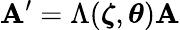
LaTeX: \mathbf{A}^{\prime}=\Lambda({\boldsymbol{\zeta}},{\boldsymbol{\theta}})\mathbf{A}